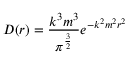
D ( r ) = { \frac { k ^ { 3 } m ^ { 3 } } { \pi ^ { \frac { 3 } { 2 } } } } e ^ { - k ^ { 2 } m ^ { 2 } r ^ { 2 } }